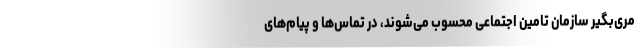
مری‌بگیر سازمان تامین اجتماعی محسوب می‌شوند، در تماس‌ها و پیام‌های